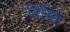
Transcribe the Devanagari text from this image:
तिमिरु